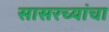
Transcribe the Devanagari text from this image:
सासरच्यांचा